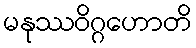
မနုဿဝိဂ္ဂဟောတိ